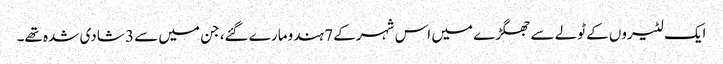
ایک لٹیروں کے ٹولے سے جھگڑے میں اس شہر کے 7 ہندو مارے گئے، جن میں سے 3 شادی شدہ تھے۔